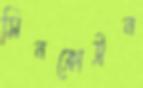
সিনক্রোট্রন